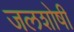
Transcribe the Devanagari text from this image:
जलशोषी